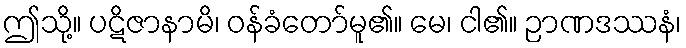
ဤသို့။ ပဋိဇာနာမိ၊ ဝန်ခံတော်မူ၏။ မေ၊ ငါ၏။ ဉာဏဒဿနံ၊